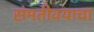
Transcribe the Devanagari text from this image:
संमतीवयाचा